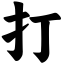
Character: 打